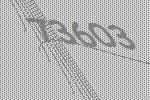
73603